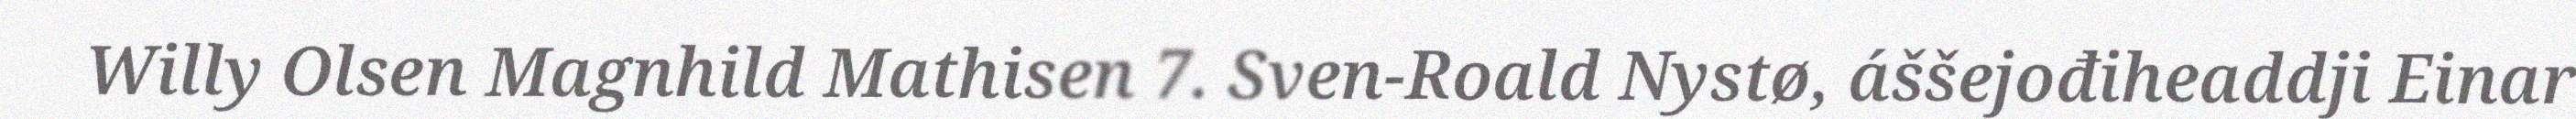
Willy Olsen Magnhild Mathisen 7. Sven-Roald Nystø, áššejođiheaddji Einar